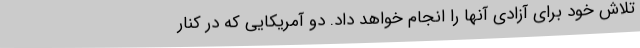
تلاش خود برای آزادی آنها را انجام خواهد داد. دو آمریکایی که در کنار